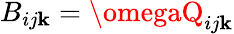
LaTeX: B_{ij\mathbf{k}}=\omegaQ_{ij\mathbf{k}}